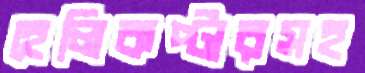
হেলিকপ্টারসহ